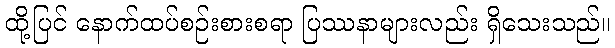
ထို့ပြင် နောက်ထပ်စဉ်းစားစရာ ပြဿနာများလည်း ရှိသေးသည်။